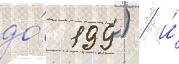
до́ 199) / и́